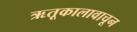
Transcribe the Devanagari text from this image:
ऋतूकालावाचून